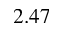
2 . 4 7